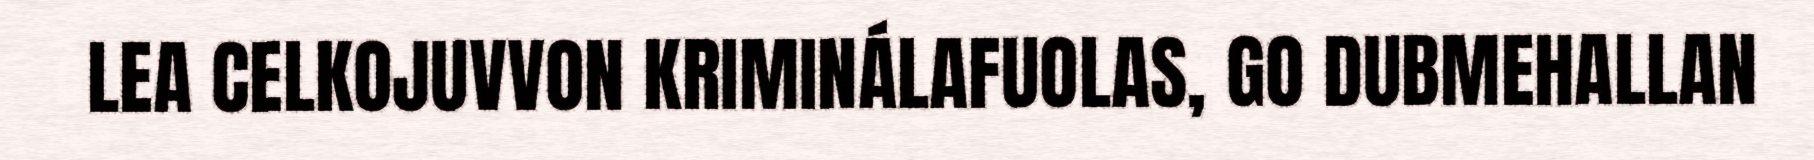
LEA CELKOJUVVON KRIMINÁLAFUOLAS, GO DUBMEHALLAN